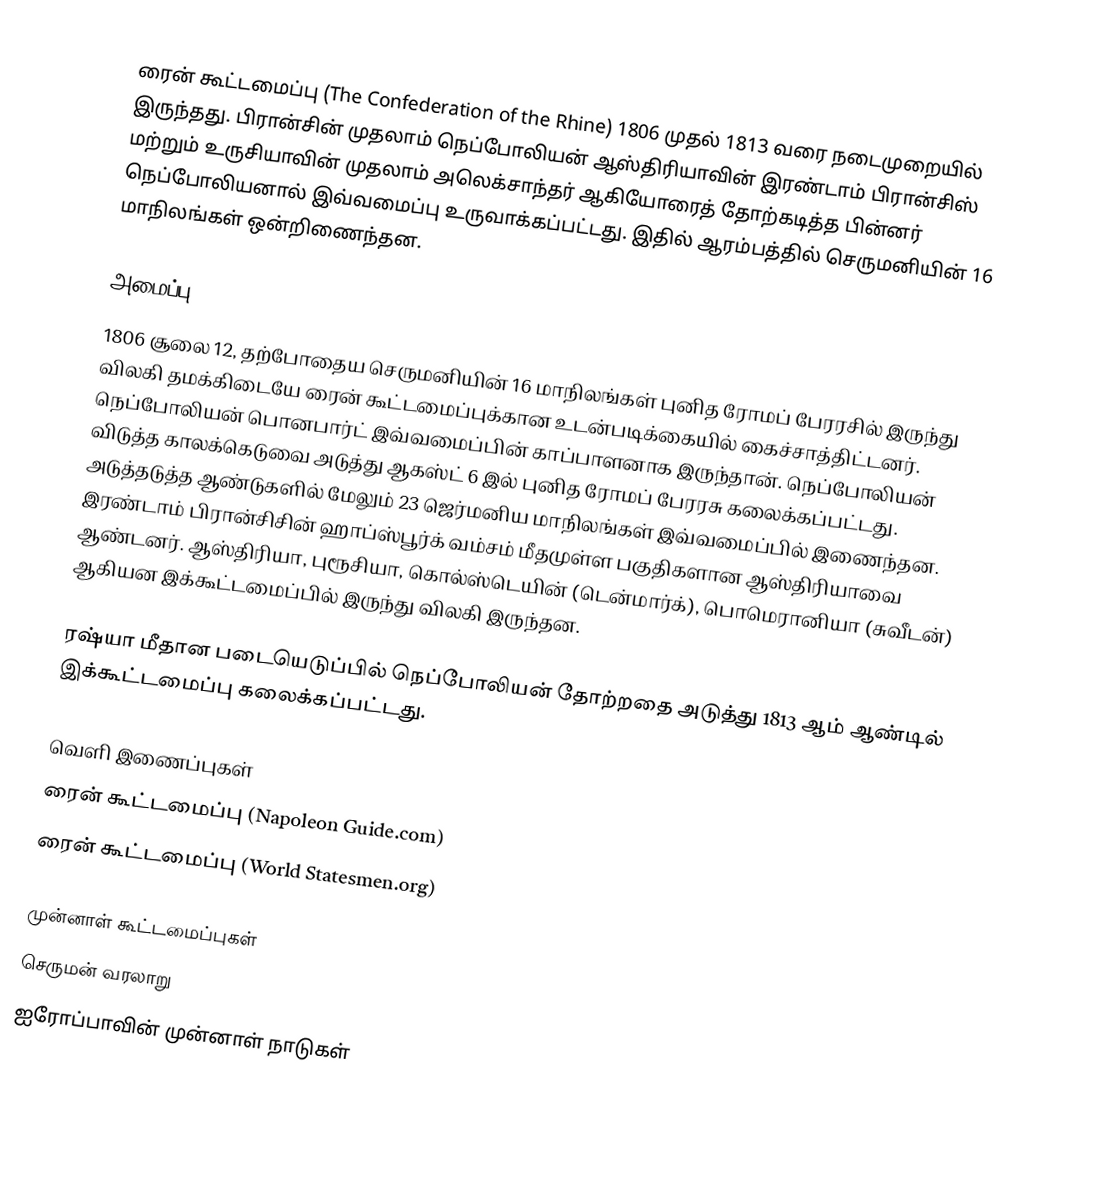
ரைன் கூட்டமைப்பு (The Confederation of the Rhine) 1806 முதல் 1813 வரை நடைமுறையில் இருந்தது. பிரான்சின் முதலாம் நெப்போலியன் ஆஸ்திரியாவின் இரண்டாம் பிரான்சிஸ் மற்றும் உருசியாவின் முதலாம் அலெக்சாந்தர் ஆகியோரைத் தோற்கடித்த பின்னர் நெப்போலியனால் இவ்வமைப்பு உருவாக்கப்பட்டது. இதில் ஆரம்பத்தில் செருமனியின் 16 மாநிலங்கள் ஒன்றிணைந்தன.

அமைப்பு
1806 சூலை 12, தற்போதைய செருமனியின் 16 மாநிலங்கள் புனித ரோமப் பேரரசில் இருந்து விலகி தமக்கிடையே ரைன் கூட்டமைப்புக்கான உடன்படிக்கையில் கைச்சாத்திட்டனர். நெப்போலியன் பொனபார்ட் இவ்வமைப்பின் காப்பாளனாக இருந்தான். நெப்போலியன் விடுத்த காலக்கெடுவை அடுத்து ஆகஸ்ட் 6 இல் புனித ரோமப் பேரரசு கலைக்கப்பட்டது. அடுத்தடுத்த ஆண்டுகளில் மேலும் 23 ஜெர்மனிய மாநிலங்கள் இவ்வமைப்பில் இணைந்தன. இரண்டாம் பிரான்சிசின் ஹாப்ஸ்பூர்க் வம்சம் மீதமுள்ள பகுதிகளான ஆஸ்திரியாவை ஆண்டனர். ஆஸ்திரியா, புரூசியா, கொல்ஸ்டெயின் (டென்மார்க்), பொமெரானியா (சுவீடன்) ஆகியன இக்கூட்டமைப்பில் இருந்து விலகி இருந்தன.

ரஷ்யா மீதான படையெடுப்பில் நெப்போலியன் தோற்றதை அடுத்து 1813 ஆம் ஆண்டில் இக்கூட்டமைப்பு கலைக்கப்பட்டது.

வெளி இணைப்புகள்
 ரைன் கூட்டமைப்பு (Napoleon Guide.com)
 ரைன் கூட்டமைப்பு (World Statesmen.org)

முன்னாள் கூட்டமைப்புகள்
செருமன் வரலாறு
ஐரோப்பாவின் முன்னாள் நாடுகள்